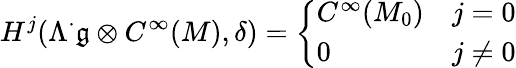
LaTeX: H^{j}(\Lambda^{\cdot}{\mathfrak{g}}\otimes C^{\infty}(M),\delta)={\left\{ \begin{array}{ll}{C^{\infty}(M_{0})}&{j=0}\\ {0}&{j\neq 0}\end{array}\right.}